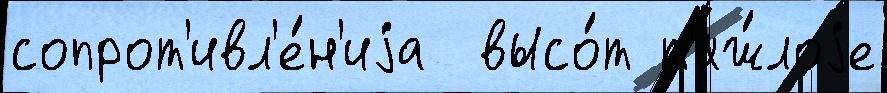
сопрот'ивл'е́н'иjа  высо́т т'яж́лоjе